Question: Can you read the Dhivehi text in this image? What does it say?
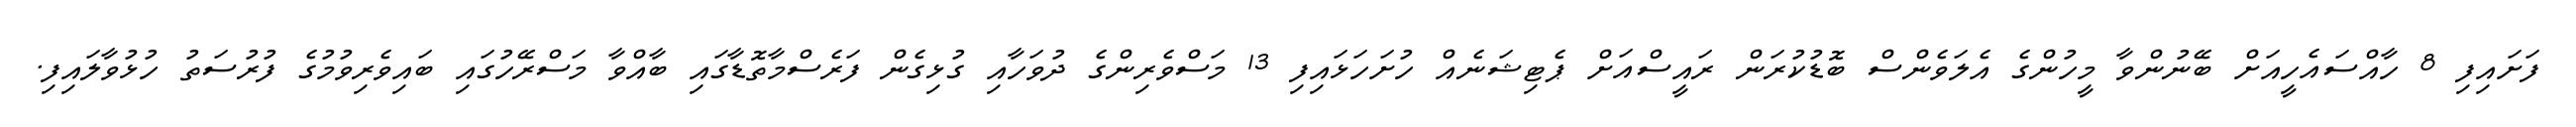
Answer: ފަށައިފި 8 ހާއްސައެހީއަށް ބޭނުންވާ މީހުންގެ އެލަވެންސް ބޮޑުކުރަން ރައީސްއަށް ޕެޓިޝަނެއް ހުށަހަޅައިފި 13 މަސްވެރިންގެ ދުވަހާއި ގުޅިގެން ފަރެސްމާތޮޑާގައި ބާއްވާ މަސްރޭހުގައި ބައިވެރިވުމުގެ ފުރުސަތު ހުޅުވާލައިފި.